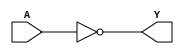
`ifndef GATES
`define GATES

module NOT(output Y, input A);
	not #1 g0(Y, A);
endmodule

module NAND(output Y, input A, B);
	nand #2 g0(Y, A, B);
endmodule

module AND(output Y, input A, B);
	and #3 g0(Y, A, B);
endmodule

module NOR(output Y, input A, B);
	nor #2 g0(Y, A, B);
endmodule

module OR(output Y, input A, B);
	or #3 g0(Y, A, B);
endmodule

module XOR(output Y, input A, B);
	xor #5 g0(Y, A, B);
endmodule

module AND4(output Y, input A, B, C, D);
	wire w1, w2;
	AND g0(w1, A, B);
	AND g1(w2, C, D);
	AND g2(Y, w1, w2);
endmodule

module OR4(output Y, input A, B, C, D);
	wire w1, w2;
	OR g0(w1, A, B);
	OR g1(w2, C, D);
	OR g2(Y, w1, w2);
endmodule

`endif